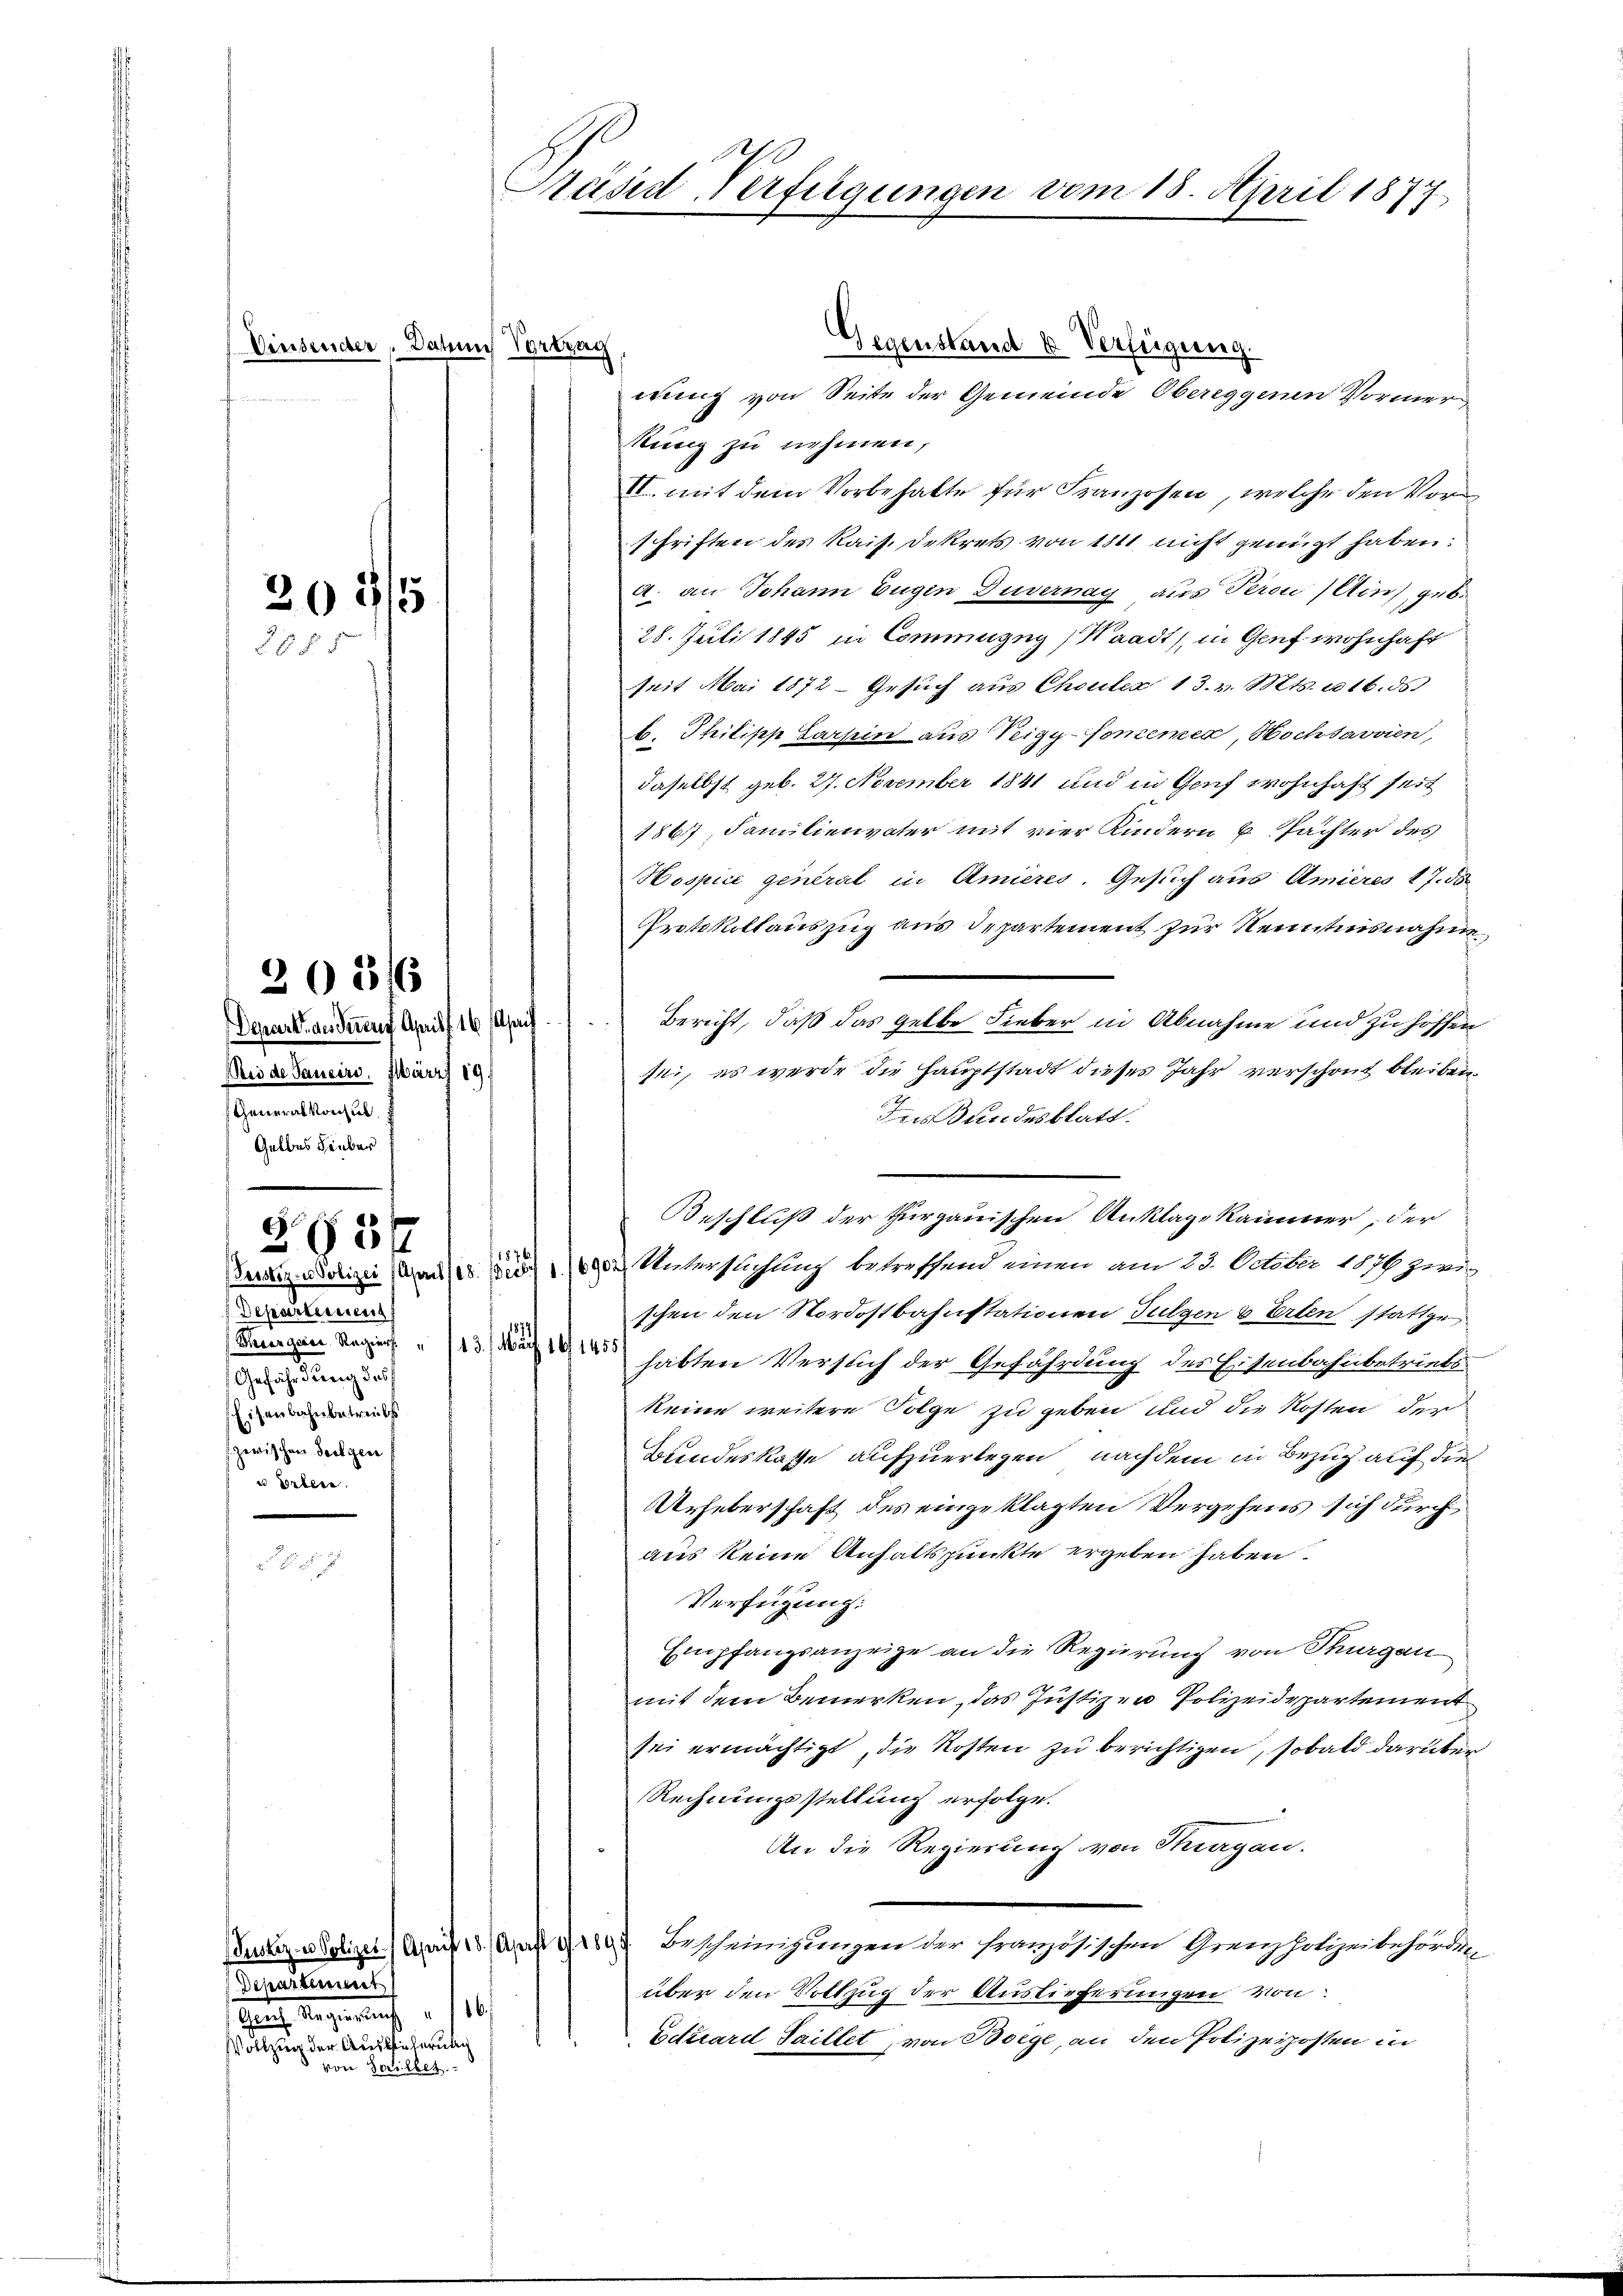
Einsender, Datum Vortrag

209/5

20516
ei de Sancire. März 19
Generalkonsul
Geldes Fieber

Departement
Gefährdung des
Eisenbahnbetreibst
 zwischen Folgen
u Erlern.

265/

Departinuet
Hauch Regierung
sae eine er ausgedeutig
von Socillet

Präsid-Verfügungen vom 15. April 1877

Gegenstand u Verfügung.
wung von Seite der Gemeinde Obereggenen Vormerkung zu nehmen,
VI. mit dem Vorbehalte für Franzosen, welche den Vors
schriften des Kais. Dekrets von 1811 nicht genügt haben.
a. an Johann Eugen Duvernag aus Peron (Acus, geb.
28. Juli 1845 in Commuzug, Waadt, in Genf wohnhaft
seit Mai 1872 - Gesuch aus Cheuler 13. v. Mts. 116. ds
b. Philipp Barsein aus Teigy-Soncemen, Hochsavvien,
daselbst geb. 27. November 1841 und in Genf wohnhaft seit
1867, Familienvater mit vier Kindern u. Pachter des
Hospice general in Amieres. Gesuch aus Amieres 17. 50
Protokollauszug aus Departement zur Kenntnisnahme,
Dann anden Grauf 1. Nach Bericht, daß das gelbe Lieber in Abnahme und zufassen
sei, es werde die Hauptstadt dieses Jahr verschont bleiben.
Ins Bundesblatt.
Beschluß der thurgauischen Anklage Kammer, der
1876
Bez. Polizei (Arn/18. Dieb. 1. 16902) Unterstlichung betreffend einen am 23. October 1870 zwi-
schen den Nordostbahnstationen Fulgen & Erten stattge
Semann Regien 23 des habten Verflich der Gefährdung des Eisenbahnbetrücks
keine weitere Folge zu geben und die Kosten der
Bundeskasse aufzuerlegen, nachdem in Bezug auf die
rheberschaft des eingeklagten Vergehens sich durch
aus keine Anhaltspunkte ergeben haben.
Verfügung:
Empfangsanzeige an die Regierung von Thurgau
mit dem Bemerken, das Justizen Polizeidepartement
sei ermächtigt, die Kosten zu berichtigen, sobald darüber
Rechnungsstellung erfolge.
An die Regierung von Thurgau.
sung notizen) Greift. Auf Gr. Bescheinigungen der französischen Grenzpolizeibehörden
über den Vollzug der Auslieferungen von
16.
Eetirard Saillet, von Boege, an den Polizeiposten in